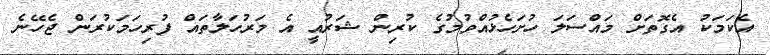
އެކަމަކު އެގޮތަށް މައްސަލަ ހުށަހެޅުއްވުމުގެ ކުރިން ޝަރުއީ އެ މަރުހަލާތައް ފުރިހަމަކުރަން ޖެހޭނެ